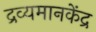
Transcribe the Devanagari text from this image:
द्रव्यमानकेंद्र